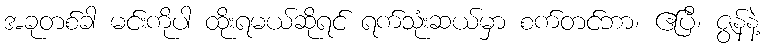
အခုတစ်ခါ မင်းကိုပါ ထိုးရမယ်ဆိုရင် ရက်သုံးဆယ်မှာ စက်တင်ဘာ၊ ဧပြီ၊ ဇွန်နဲ့